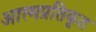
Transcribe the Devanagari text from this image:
आत्मप्रतिकृत